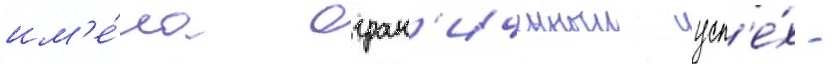
им'е́ла огран'иченныи усп'е́х -